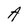
Character: A